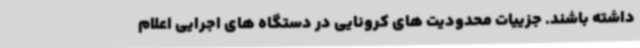
داشته باشند. جزییات محدودیت های کرونایی در دستگاه های اجرایی اعلام